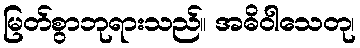
မြတ်စွာဘုရားသည်။ အဓိဝါသေတု၊